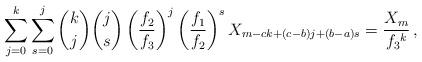
LaTeX: \begin{align*}\sum_{j = 0}^k {\sum_{s = 0}^j {\binom kj\binom js\left( {\frac{{f_2 }}{{f_3 }}} \right)^j\left( {\frac{{f_1 }}{{f_2 }}} \right)^s X_{m - ck + (c - b)j + (b - a)s} } } = \frac{{X_m }}{{f_3{}^k }}\,,\end{align*}